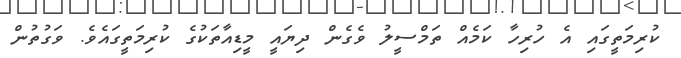
ކުރިމަތީގައި އެ ހުރިހާ ކަމެއް ތަމްސީލު ވެގެން ދިޔައީ މީޑިއާތަކުގެ ކުރިމަތީގައެވެ. ވަގުތުން